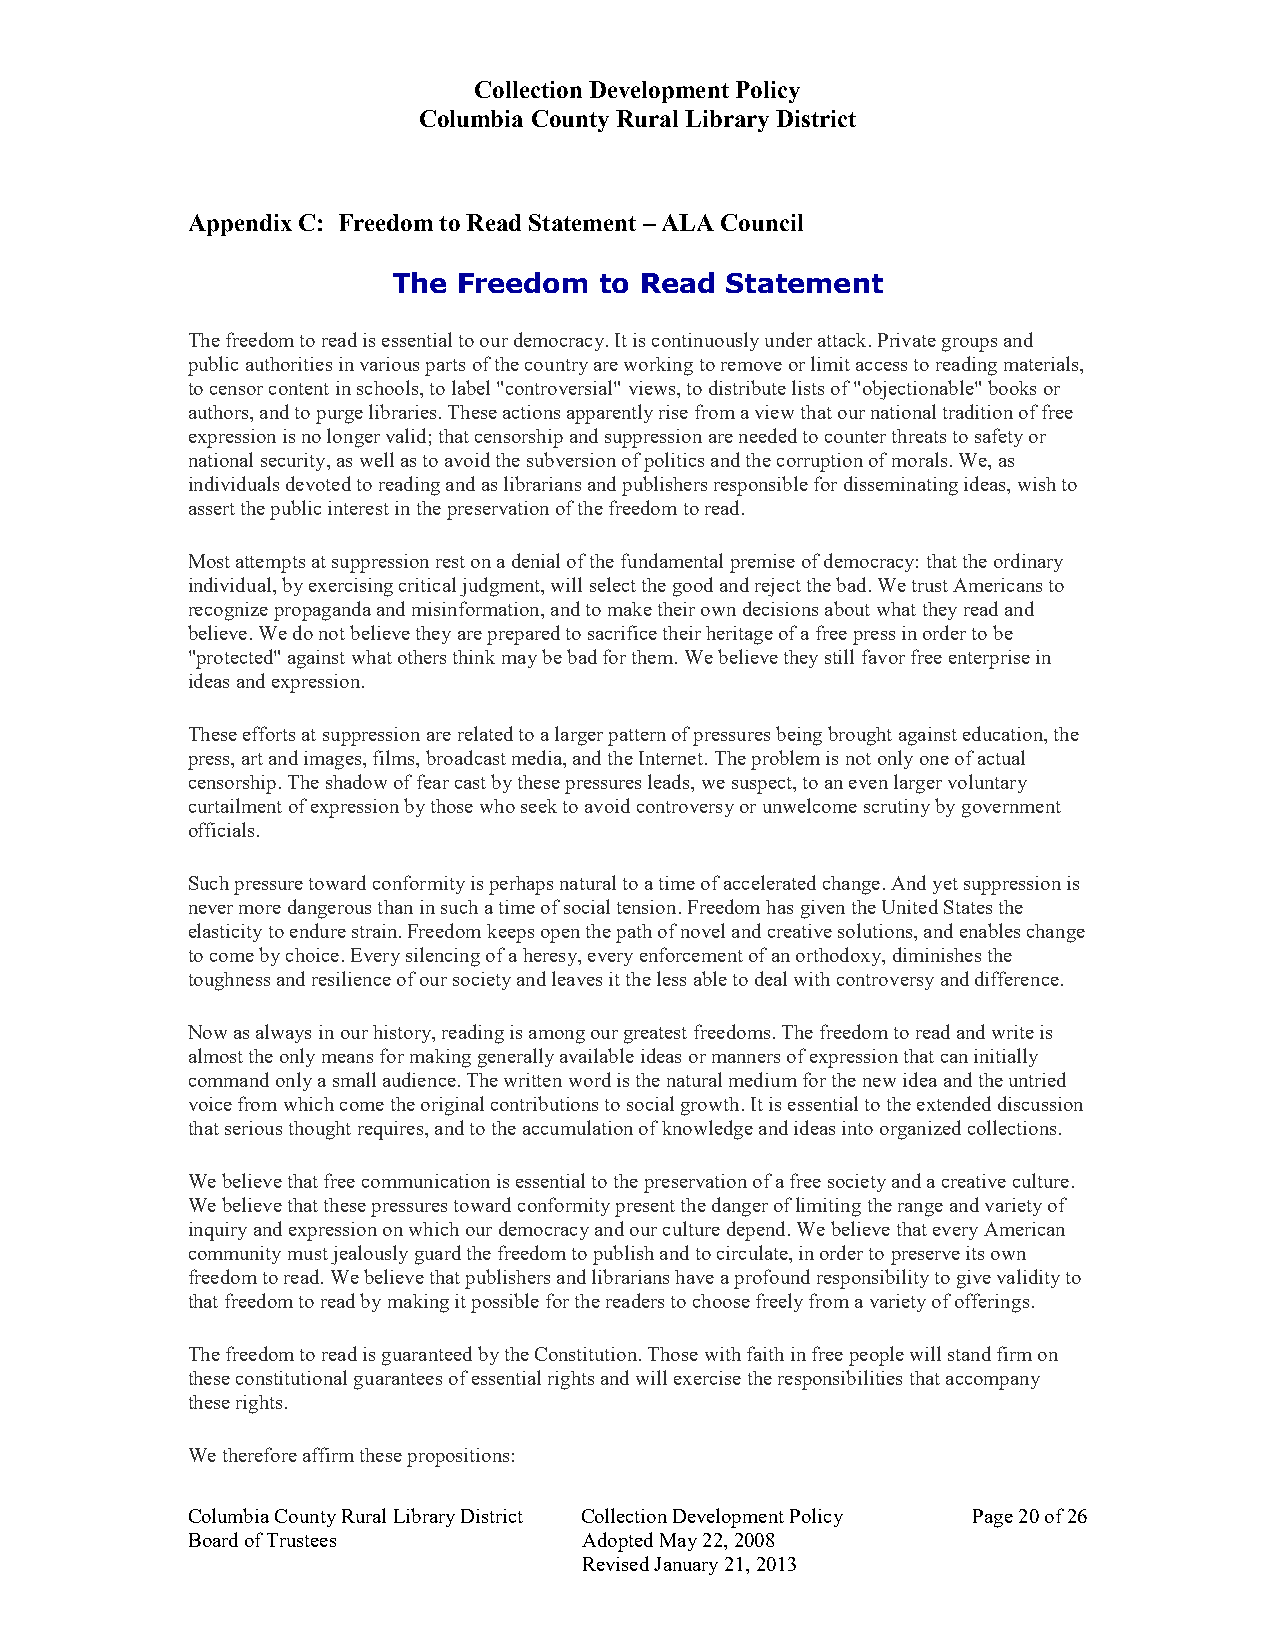
Collection Development Policy
 Columbia County Rural Library District
 Appendix C: Freedom to Read Statement – ALA Council
 The Freedom   to Read Statement
 The freedom to read is essential to our democracy. It is continuously under attack. Private groups and
 public authorities in various parts of the country are working to remove or limit access to reading materials,
 to censor content in schools, to label "controversial" views, to distribute lists of "objectionable" books or
 authors, and to purge libraries. These actions apparently rise from a view that our national tradition of free
 expression is no longer valid; that censorship and suppression are needed to counter threats to safety or
 national security, as well as to avoid the subversion of politics and the corruption of morals. We, as
 individuals devoted to reading and as librarians and publishers responsible for disseminating ideas, wish to
 assert the public interest in the preservation of the freedom to read.
 Most attempts at suppression rest on a denial of the fundamental premise of democracy: that the ordinary
 individual, by exercising critical judgment, will select the good and reject the bad. We trust Americans to
 recognize propaganda and misinformation, and to make their own decisions about what they read and
 believe. We do not believe they are prepared to sacrifice their heritage of a free press in order to be
 "protected" against what others think may be bad for them. We believe they still favor free enterprise in
 ideas and expression.
 These efforts at suppression are related to a larger pattern of pressures being brought against education, the
 press, art and images, films, broadcast media, and the Internet. The problem is not only one of actual
 censorship. The shadow of fear cast by these pressures leads, we suspect, to an even larger voluntary
 curtailment of expression by those who seek to avoid controversy or unwelcome scrutiny by government
 officials.
 Such pressure toward conformity is perhaps natural to a time of accelerated change. And yet suppression is
 never more dangerous than in such a time of social tension. Freedom has given the United States the
 elasticity to endure strain. Freedom keeps open the path of novel and creative solutions, and enables change
 to come by choice. Every silencing of a heresy, every enforcement of an orthodoxy, diminishes the
 toughness and resilience of our society and leaves it the less able to deal with controversy and difference.
 Now as always in our history, reading is among our greatest freedoms. The freedom to read and write is
 almost the only means for making generally available ideas or manners of expression that can initially
 command only a small audience. The written word is the natural medium for the new idea and the untried
 voice from which come the original contributions to social growth. It is essential to the extended discussion
 that serious thought requires, and to the accumulation of knowledge and ideas into organized collections.
 We believe that free communication is essential to the preservation of a free society and a creative culture.
 We believe that these pressures toward conformity present the danger of limiting the range and variety of
 inquiry and expression on which our democracy and our culture depend. We believe that every American
 community must jealously guard the freedom to publish and to circulate, in order to preserve its own
 freedom to read. We believe that publishers and librarians have a profound responsibility to give validity to
 that freedom to read by making it possible for the readers to choose freely from a variety of offerings.
 The freedom to read is guaranteed by the Constitution. Those with faith in free people will stand firm on
 these constitutional guarantees of essential rights and will exercise the responsibilities that accompany
 these rights.
 We therefore affirm these propositions:
 Columbia County Rural Library District Collection Development Policy Page 20 of 26
 Board of Trustees          Adopted May 22, 2008
 Revised January 21, 2013